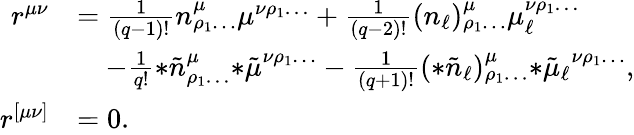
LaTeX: \begin{array}{rl}{r^{\mu\nu}}&{=\frac{1}{(q-1)!}n^{\mu}_{\rho_{1}\ldots}\mu^{\nu\rho_{1}\ldots}+\frac{1}{(q-2)!}(n_{\ell})^{\mu}_{\rho_{1}\ldots}\mu_{\ell}^{\nu\rho_{1}\ldots}}\\ &{\quad-\frac{1}{q!}{*\tilde{n}}^{\mu}_{\rho_{1}\ldots}{*\tilde{\mu}}^{\nu\rho_{1}\ldots}-\frac{1}{(q+1)!}({*\tilde{n}_{\ell}})^{\mu}_{\rho_{1}\ldots}{*\tilde{\mu}_{\ell}}^{\nu\rho_{1}\ldots},}\\ {r^{[\mu\nu]}}&{=0.}\end{array}